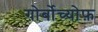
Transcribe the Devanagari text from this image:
गोर्बोच्योफ़